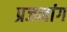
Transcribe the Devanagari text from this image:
प्रजनांग